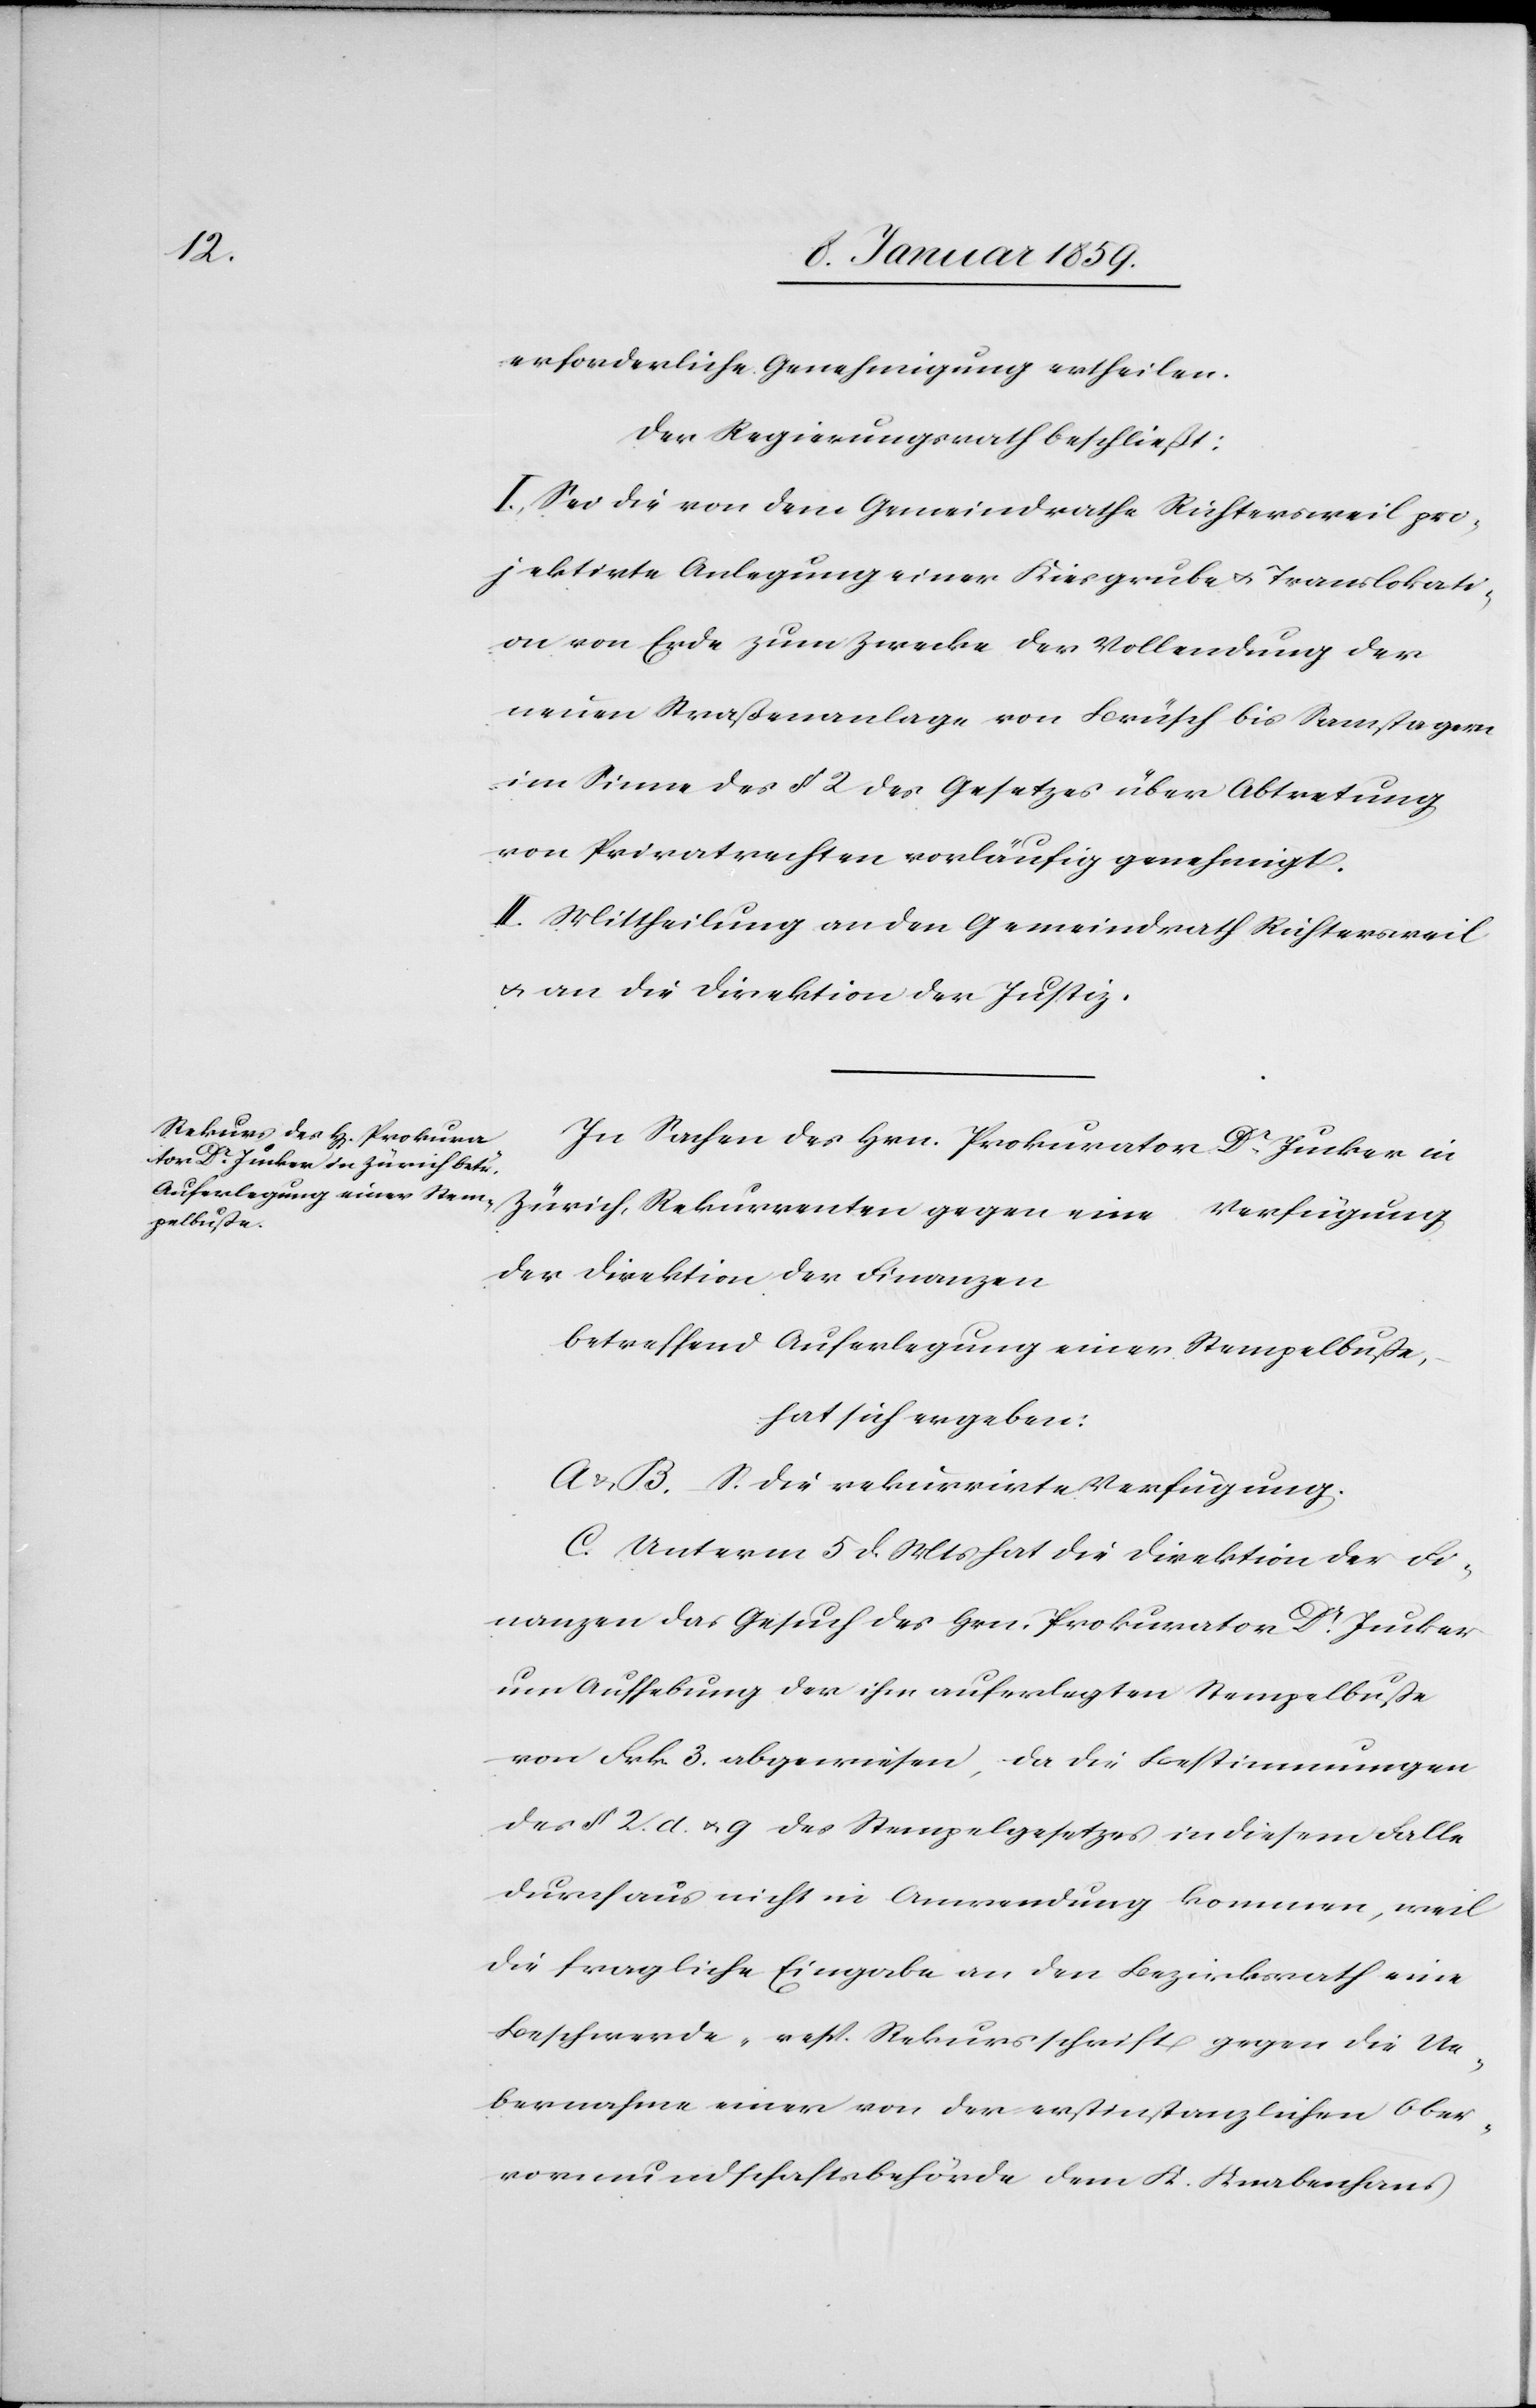
erforderliche Genehmigung ertheilen.
Der Regierungsrath beschließt:
I. Sei die von dem Gemeindrathe Richtersweil pro¬
jektirte Anlegung einer Kiesgrube u. Translokati¬
on von Erde zum Zwecke der Vollendung der
neuen Straßenanlage von Brüsch bis Samstagern
im Sinne des § 2 des Gesetzes über Abtretung
von Privatrechten vorläufig genehmigt.
II. Mittheilung an den Gemeindrath Richtersweil
u. an die Direktion der Justiz.
In Sachen des Hrn. Prokurator Dr. Jucker in
Zürich, Rekurrenten gegen eine Verfügung
der Direktion der Finanzen
betreffend Auferlegung einer Stempelbuße,
hat sich ergeben:
A u. B. S. die rekurrirte Verfügung.
C. Unterm 5 d. Mts hat die Direktion der Fi¬
nanzen das Gesuch des Hrn. Prokurator Dr. Jucker
um Aufhebung der ihm auferlegten Stempelbuße
von Frk. 3. abgewiesen, da die Bestimmungen
des § 2. d. u. g des Stempelgesetzes in diesem Falle
durchaus nicht in Anwendung kommen, weil
die fragliche Eingabe an den Bezirksrath eine
Beschwerde- resp Rekursschrift gegen die Ue¬
bernahme einer von der erstinstanzlichen Ober¬
vormundschaftsbehörde dem K. Knabenhans